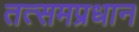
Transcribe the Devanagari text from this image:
तत्समप्रधान